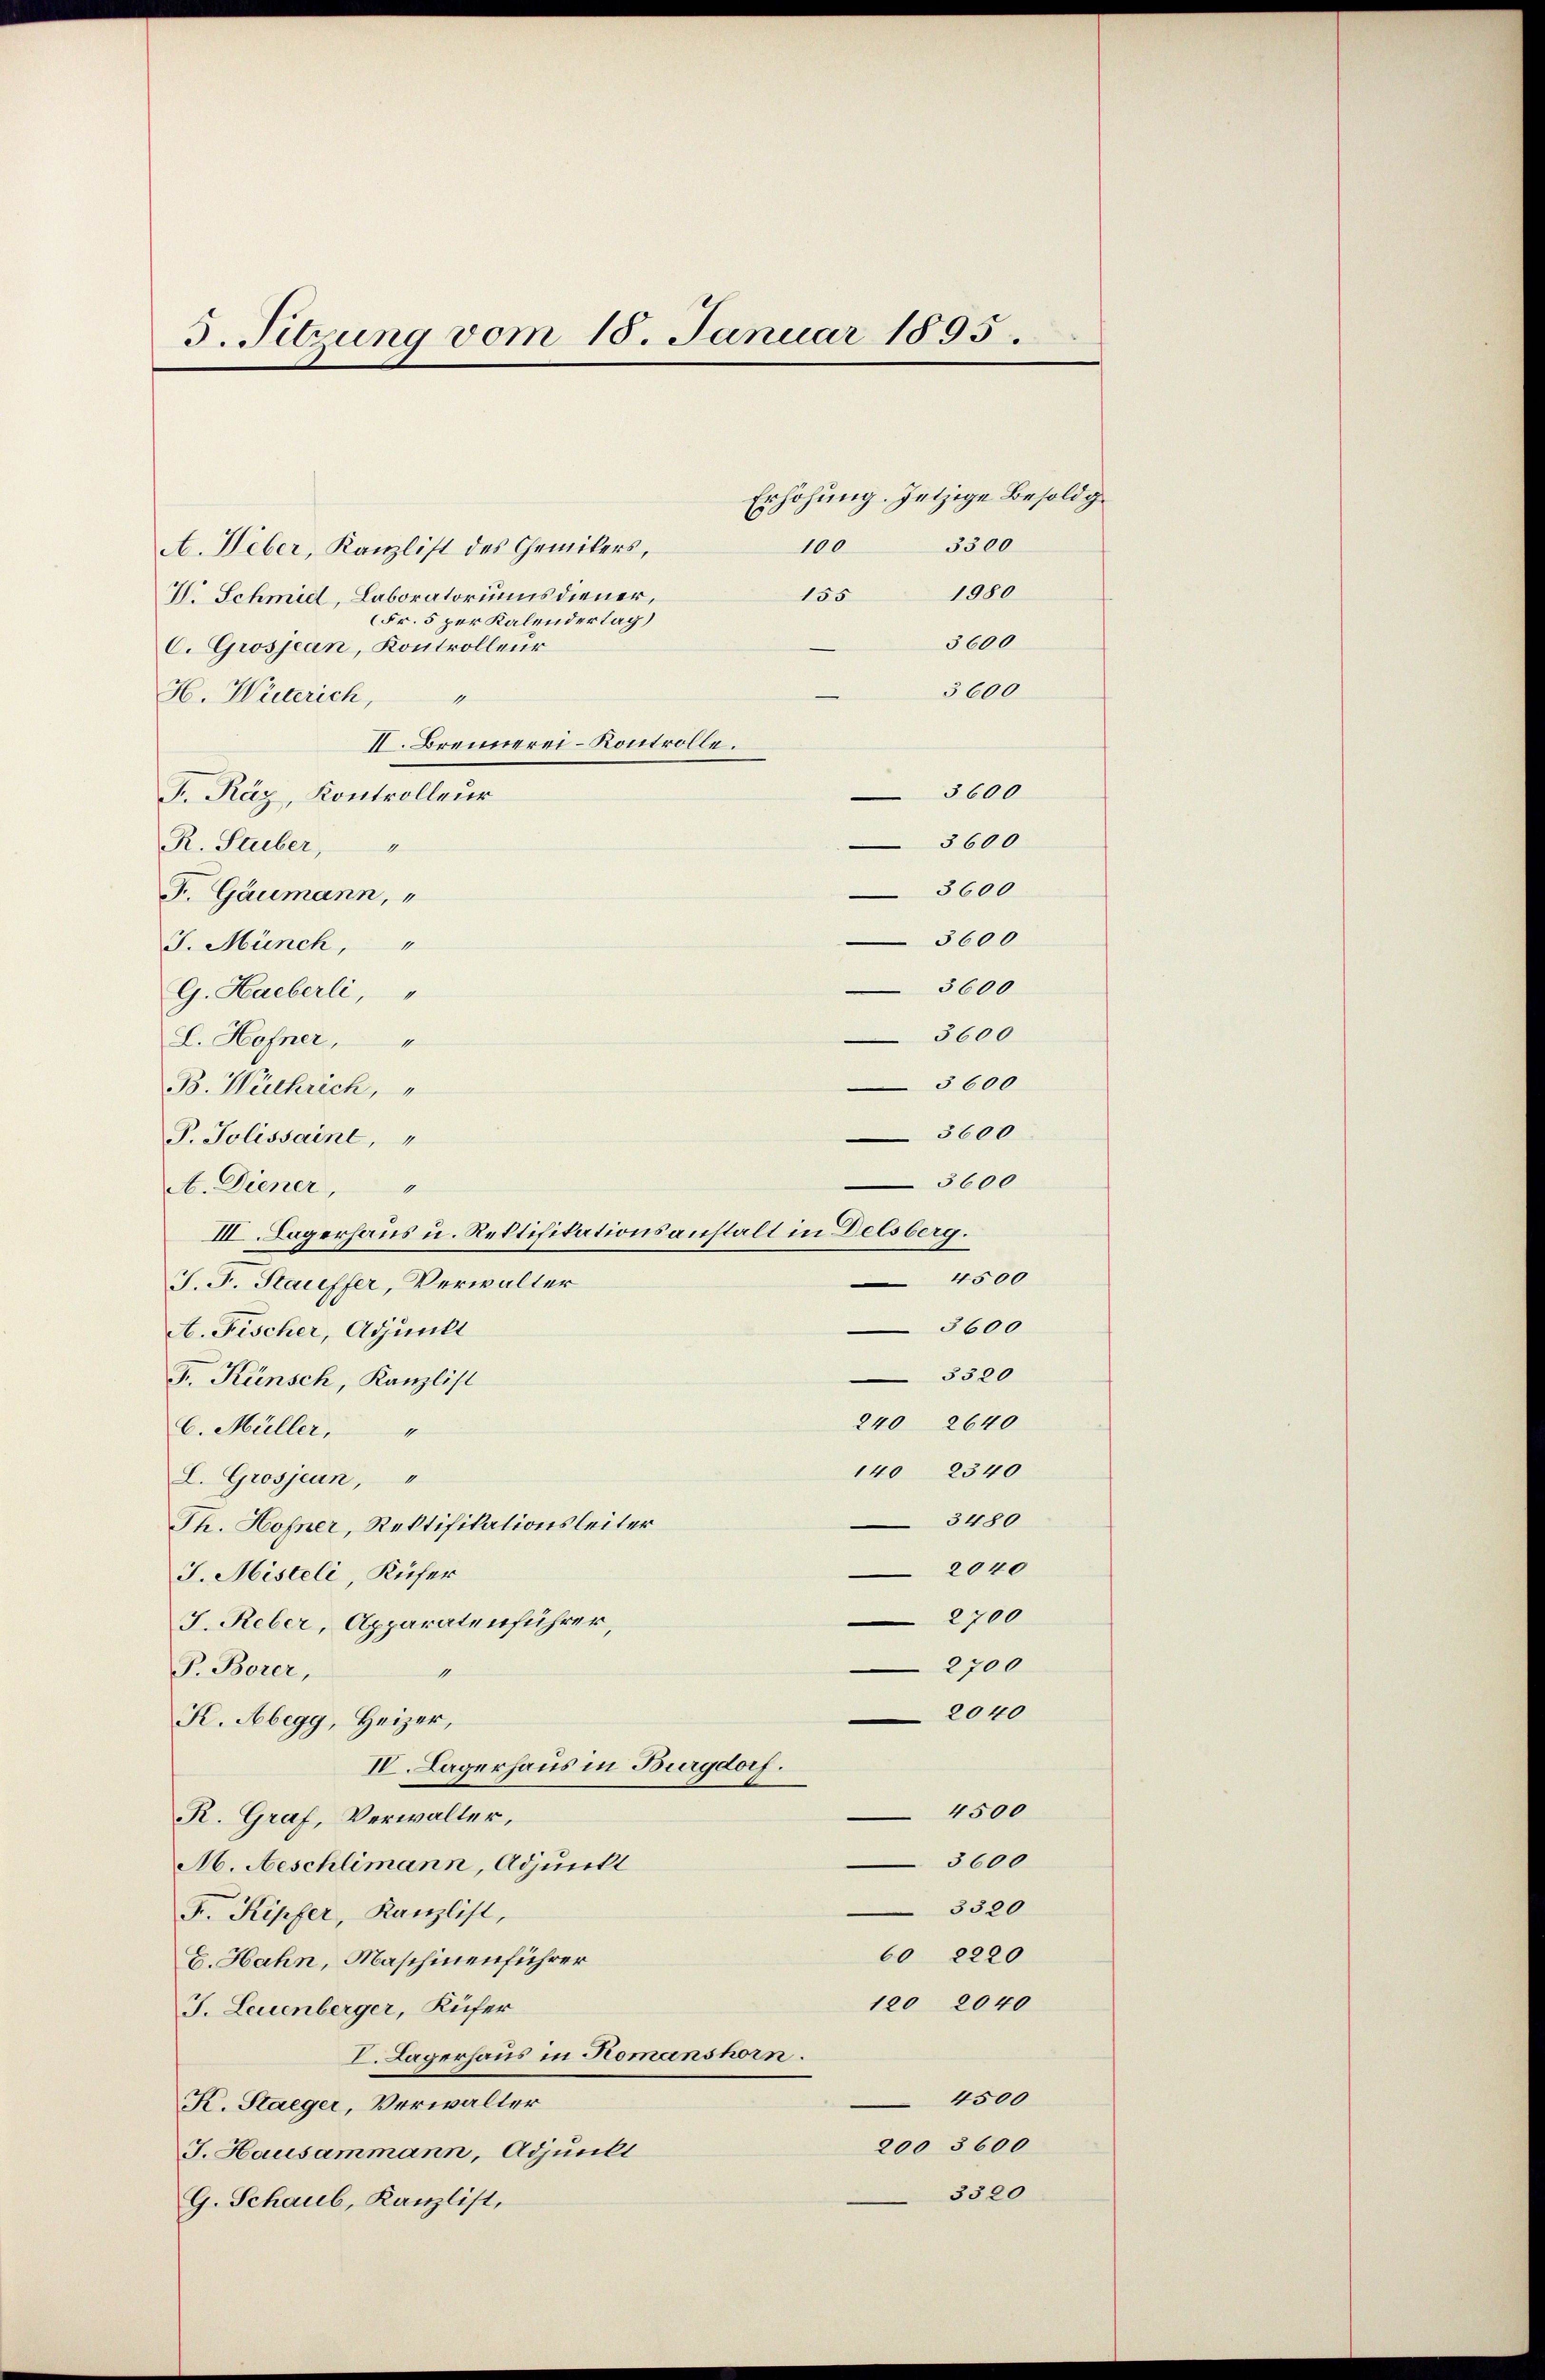
3. Sitzung vom 10. Januar 1895.

Erhöhung. Jetzige Besoldg
3300
100
155 1980
3600
 4500
3600
3320
240 2640
14 2340
3480
2040
2700
2700
2040
4500
3600
3320
6 2220
120 2040

A. Weber, Kanzlist des Chemikers,
V. Schmid, Laboratoriums diener,
Fr. 5 per Kalendertag)
C. Grosjean, Kontrolleur
H. Wüterich,
1
II. Brennerei-Kontrolle.
F. Räz, Kontrolleur
R. Stuber,
F. Gaumann, "
J. Münch,"
G. Haeberli, "
L. Hofner,
B. Wächrich,
P. Jolissaint, "
A. Diener,
III. Lagerhaus u. Rektifikationsanstalt in Delsberg.
J. J. Stauffer, Verwalter
A. Fischer, Adjunkt
F. Künsch, Kanzlist
C. Müller,
L. Grosjeun,
Th. Hofner, Rektifikationsleiter
J. Misteli, Küfer
J. Reber, Apparatenführer,
P. Borer,
1
K. Abegg, Heizer,
IV. Lagerhaus in Burgdorf.
R. Graf, Verwalter,
M. Aeschlimann, Adjunkt
Fr. Kipfer, Kanzlist,
E. Hahn, Maschinenführer
J. Leuenberger, Küfer
I. Lagerhaus in Romanshorn.
K. Staeger, Verwalter
J. Hausammann, Adjunkt
G. Schaub, Kanzlist,

3600
5600
5600
3600
5600
3600
3600

3600

4500
200 3600
3320

3600
3600